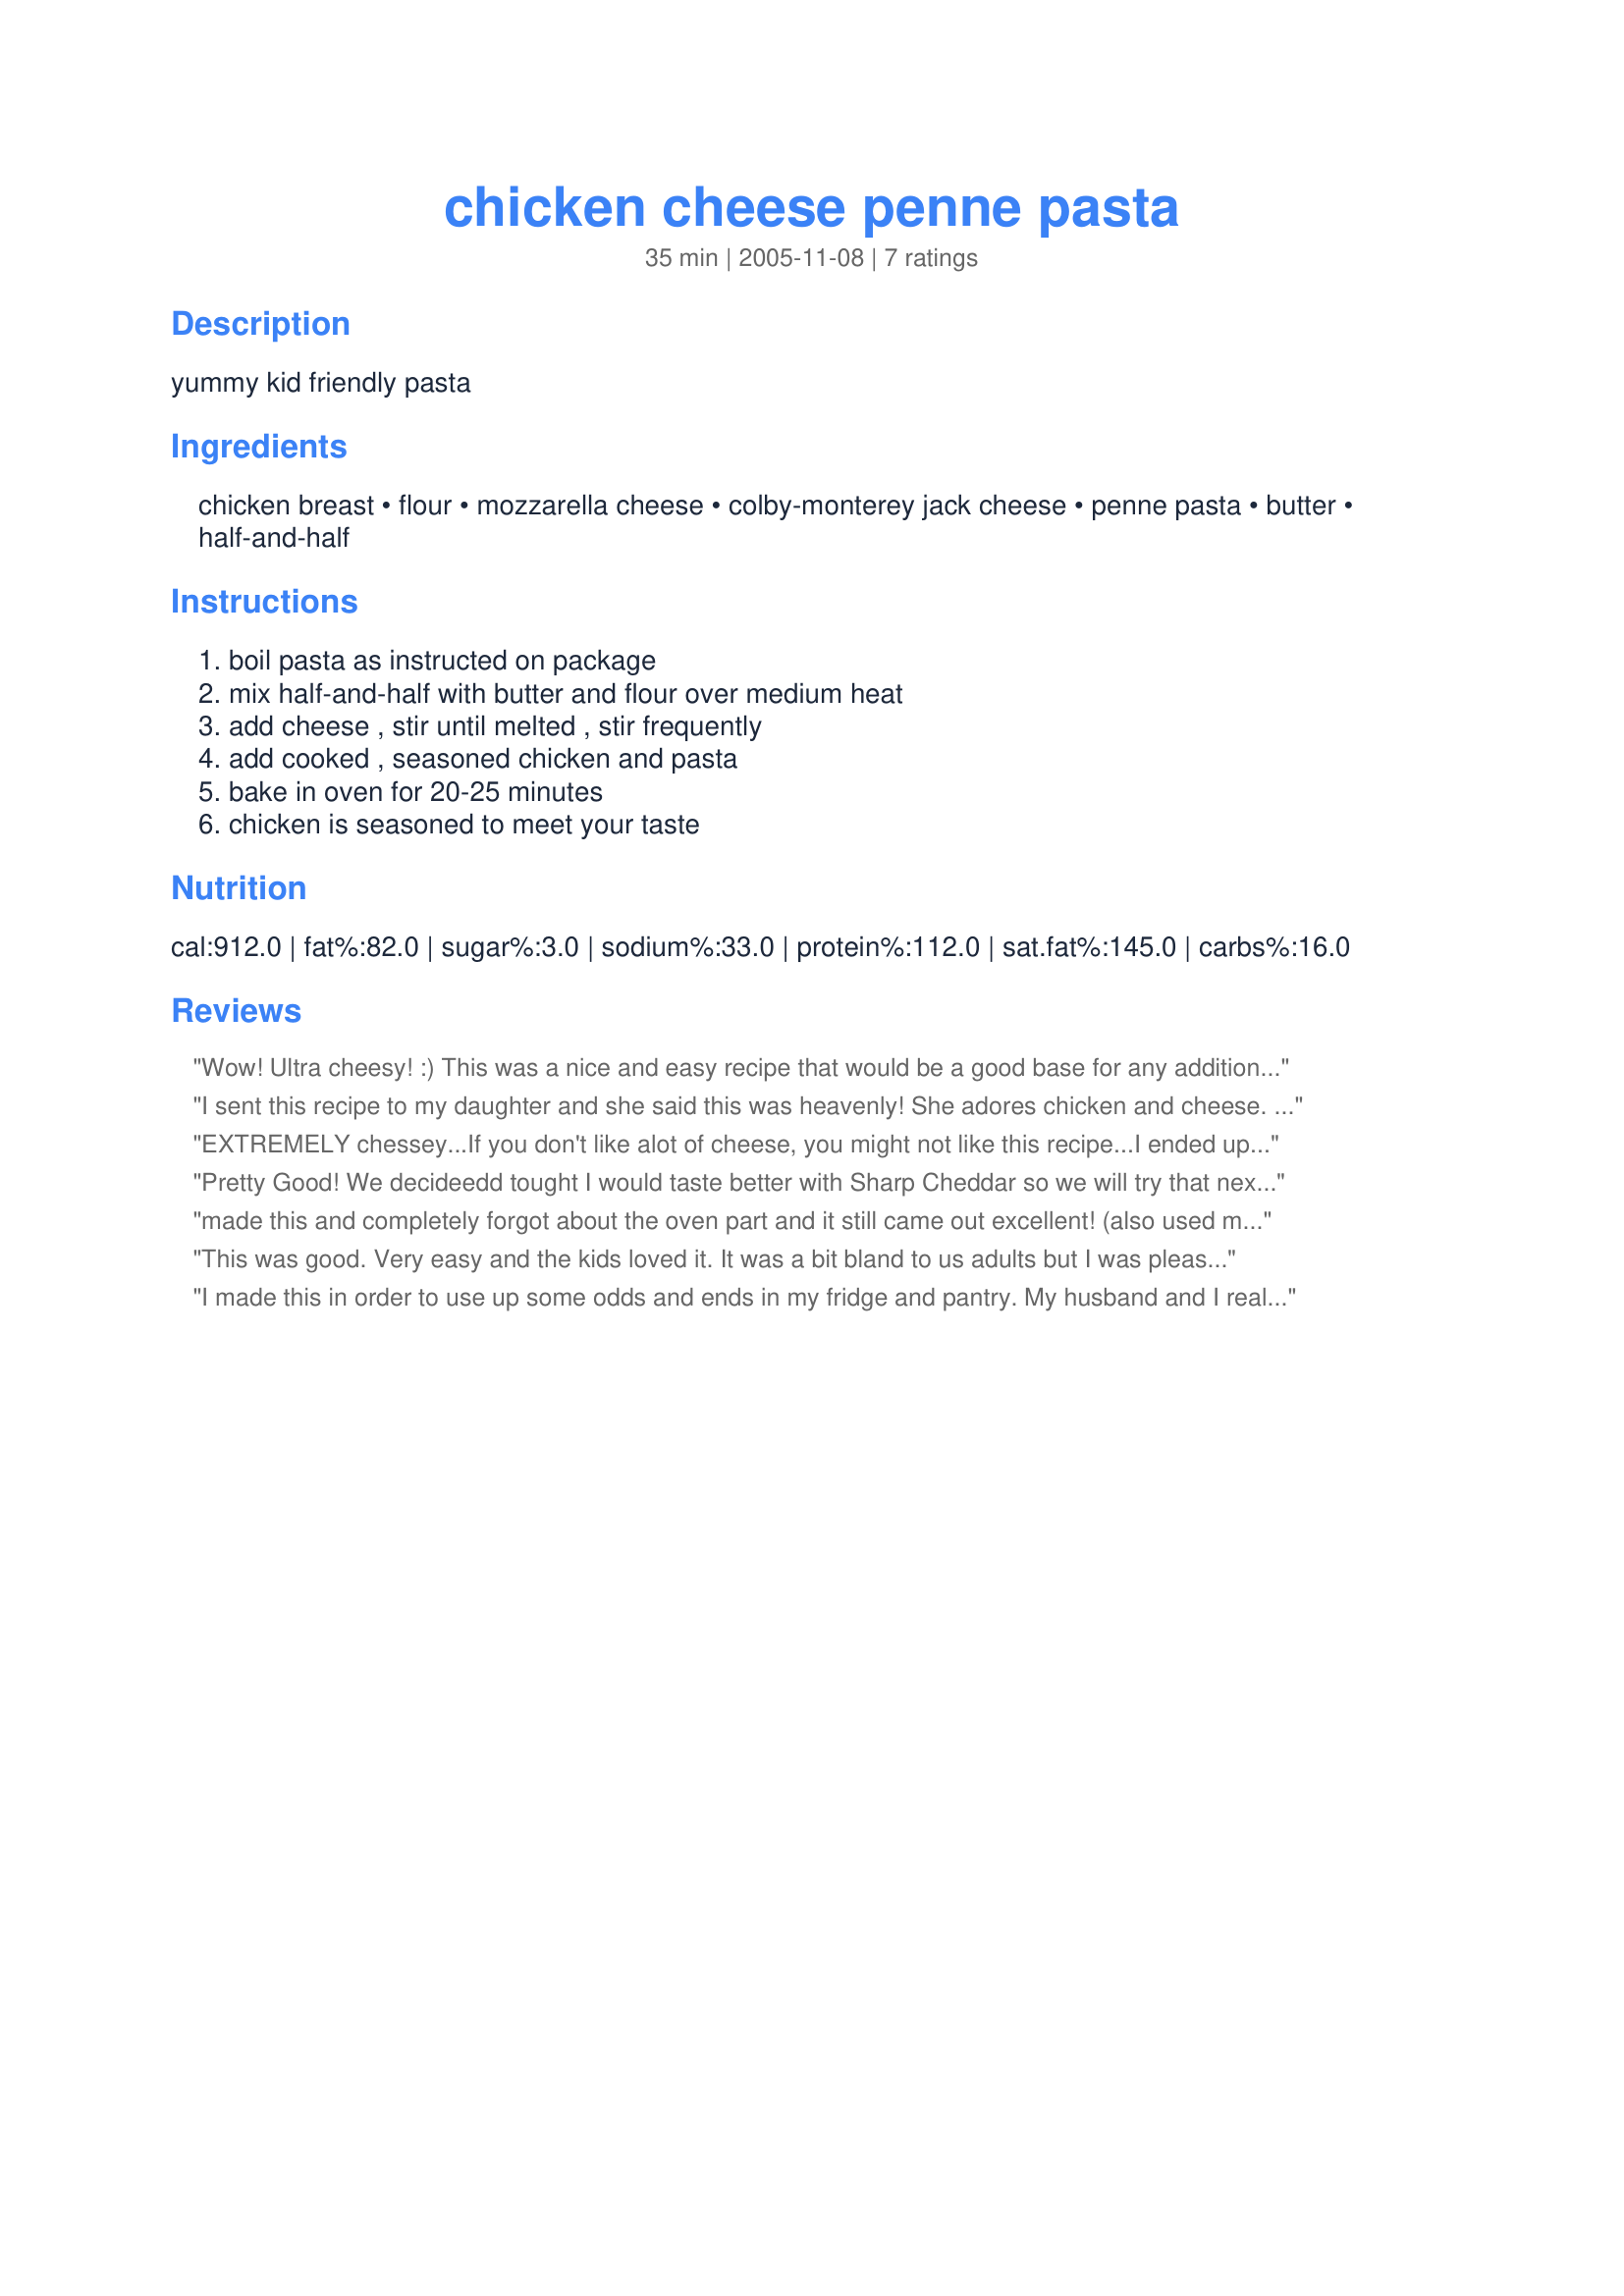
chicken cheese penne pasta
Preparation time: 35 minutes

yummy kid friendly pasta

Ingredients:
chicken breast, flour, mozzarella cheese, colby-monterey jack cheese, penne pasta, butter, half-and-half

Steps:
boil pasta as instructed on package, mix half-and-half with butter and flour over medium heat, add cheese , stir until melted , stir frequently, add cooked , seasoned chicken and pasta, bake in oven for 20-25 minutes, chicken is seasoned to meet your taste

Reviews:
Wow! Ultra cheesy! :) 
This was a nice and easy recipe that would be a good base for any additions. I seasoned my chicken with a bit of Accent and garlic pepper seasoning and it turned out pretty well. Whole family enjoyed it, but I can easily see many other possible additions being made. Thanks for posting!
I sent this recipe to my daughter and she said this was heavenly! She adores chicken and cheese. Now I have to try it! Thanks!!!
EXTREMELY chessey...If you don't like alot of cheese, you might not like this recipe...I ended up cooking another 8oz of penne, more chicken, and added another 8oz of half and half and 4 tablespoons of butter, to make this edible...otherwise it was pretty good
Pretty Good! We decideedd tought I would taste better with Sharp Cheddar so we will try that next time! Definately super cheesey, just how we like it!
made this and completely forgot about the oven part and it still came out excellent! (also used marble+parmesan cheese with homo milk since that's all i had with some oregano on the chicken).... creamy, simple, and delicious!
This was good. Very easy and the kids loved it. It was a bit bland to us adults but I was pleased at how much the kids enjoyed it so I'm sure I'll make it again!! Thanks for sharing!!
I made this in order to use up some odds and ends in my fridge and pantry. My husband and I really liked it and I like how versatile it is. I didn't have half-and-half so I used fat-free Lactaid (lactose free milk) and the sauce turned out very tasty. I seasoned the chicken with Johnny's garlic spread & seasoning and I also added some cooked shrimp I had on hand. I also sprinkled some grated parmesan cheese on top. Very nice recipe!
